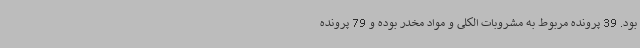
بود. 39 پرونده مربوط به مشروبات الکلی و مواد مخدر بوده و 79 پرونده